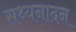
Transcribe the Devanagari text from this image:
सथ्यनादन